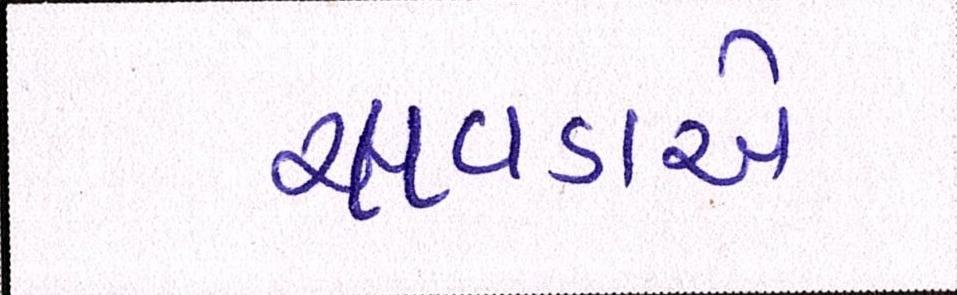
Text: ચાવડાએ